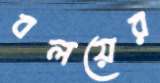
বলয়ের